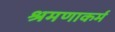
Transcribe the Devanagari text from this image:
श्रमणाकर्म